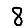
Digit: 8